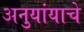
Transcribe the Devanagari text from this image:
अनुयांयाचे